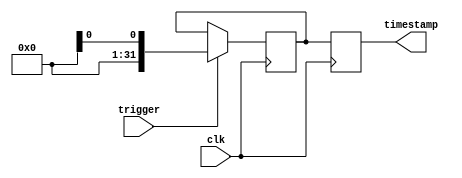
module timestamping_timer(
    input wire clk,
    input wire trigger,
    output reg [31:0] timestamp
);

reg [31:0] system_time;

always @(posedge clk) begin
    if(trigger == 1'b1) begin
        system_time <= $time;
    end
end

always @(posedge clk) begin
    timestamp <= system_time;
end

endmodule